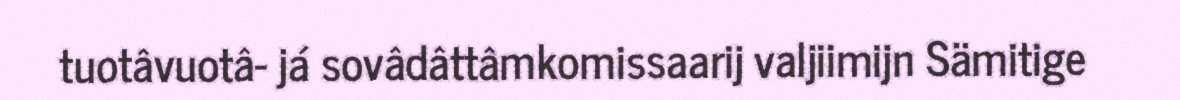
tuotâvuotâ- já sovâdâttâmkomissaarij valjiimijn Sämitige